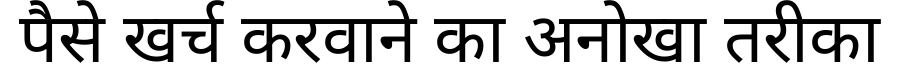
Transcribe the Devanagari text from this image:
पैसे खर्च करवाने का अनोखा तरीका